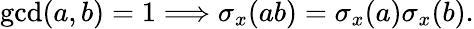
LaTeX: \operatorname*{gcd}(a,b)=1\Longrightarrow\sigma_{x}(ab)=\sigma_{x}(a)\sigma_{x}(b).